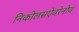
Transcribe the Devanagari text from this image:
निकोलसऐवरेनोव